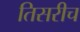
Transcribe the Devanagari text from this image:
तिसरीच